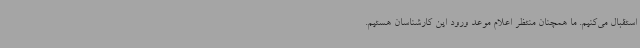
استقبال می‌کنیم. ما همچنان منتظر اعلام موعد ورود این کارشناسان هستیم.